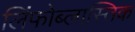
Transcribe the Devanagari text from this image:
लिंफोब्लास्तिक